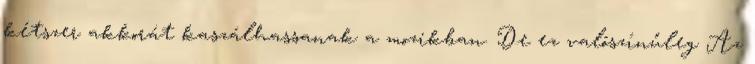
kétszer akkorát kaszálhassanak a mozikban. De ez valószínűleg Az